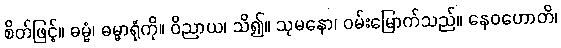
စိတ်ဖြင့်။ ဓမ္မံ၊ ဓမ္မာရုံကို။ ဝိညာယ၊ သိ၍။ သုမနော၊ ဝမ်းမြောက်သည်။ နေဝဟောတိ၊